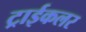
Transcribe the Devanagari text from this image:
ट्राईकलर